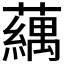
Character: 𬟍